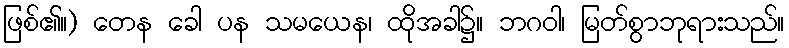
ဖြစ်၏။) တေန ခေါ ပန သမယေန၊ ထိုအခါ၌။ ဘဂဝါ၊ မြတ်စွာဘုရားသည်။